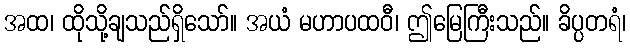
အထ၊ ထိုသို့ချသည်ရှိသော်။ အယံ မဟာပထဝီ၊ ဤမြေကြီးသည်။ ခိပ္ပတရံ၊